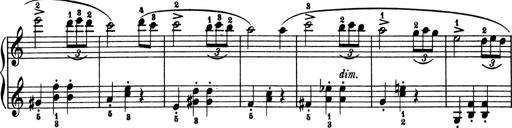
Title: 2 Sonatinen
Composer: Lambertus Adrianus van Tetterode